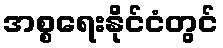
အစ္စရေးနိုင်ငံတွင်